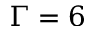
\Gamma = 6